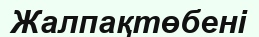
Жалпақтөбені